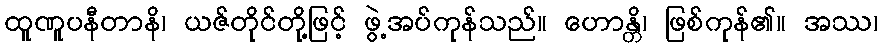
ထူဏူပနီတာနိ၊ ယဇ်တိုင်တို့ဖြင့် ဖွဲ့အပ်ကုန်သည်။ ဟောန္တိ၊ ဖြစ်ကုန်၏။ အဿ၊